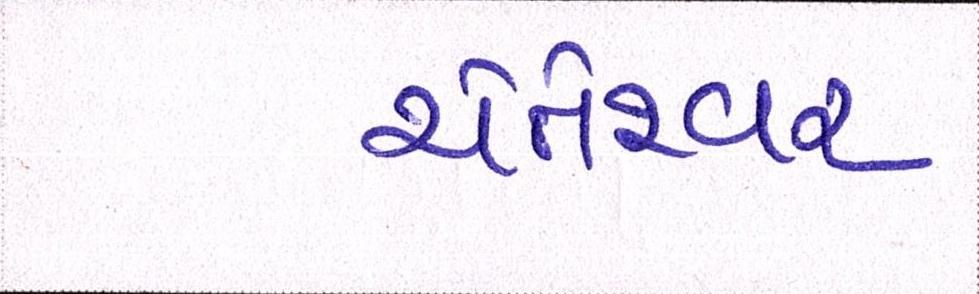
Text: ચેતેશ્ર્વર